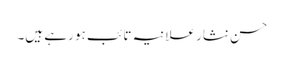
حسن نثار علانیہ تائب ہو رہے ہیں۔